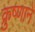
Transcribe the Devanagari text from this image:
क्रुष्णाने